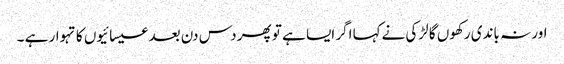
اور نہ باندی رکھوں گا لڑکی نےکہا اگر ایسا ہے تو پھر دس دن بعد عیسائیوں کا تہوار ہے ۔